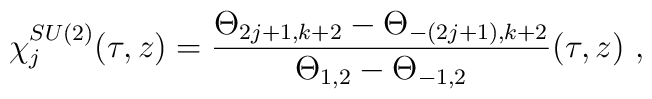
\chi^{SU(2)}_j (\tau , z) =  \frac{\Theta_{2j+1,k+2} - \Theta_{-(2j+1), k+2}}                   {\Theta_{1,2} - \Theta_{-1,2}} (\tau ,z) ~,